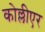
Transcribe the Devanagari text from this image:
कोल्लीएर